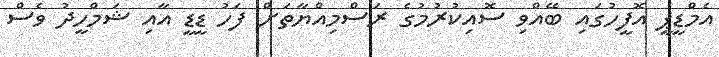
އެމްޑީޕީ އޮފީހުގައި ބޭއްވި ސޮއިކުރުމުގެ ރަސްމިއްޔާތަށް ފަހު ޑީޑީ އާއި ޝަމްހީދު ވެސް